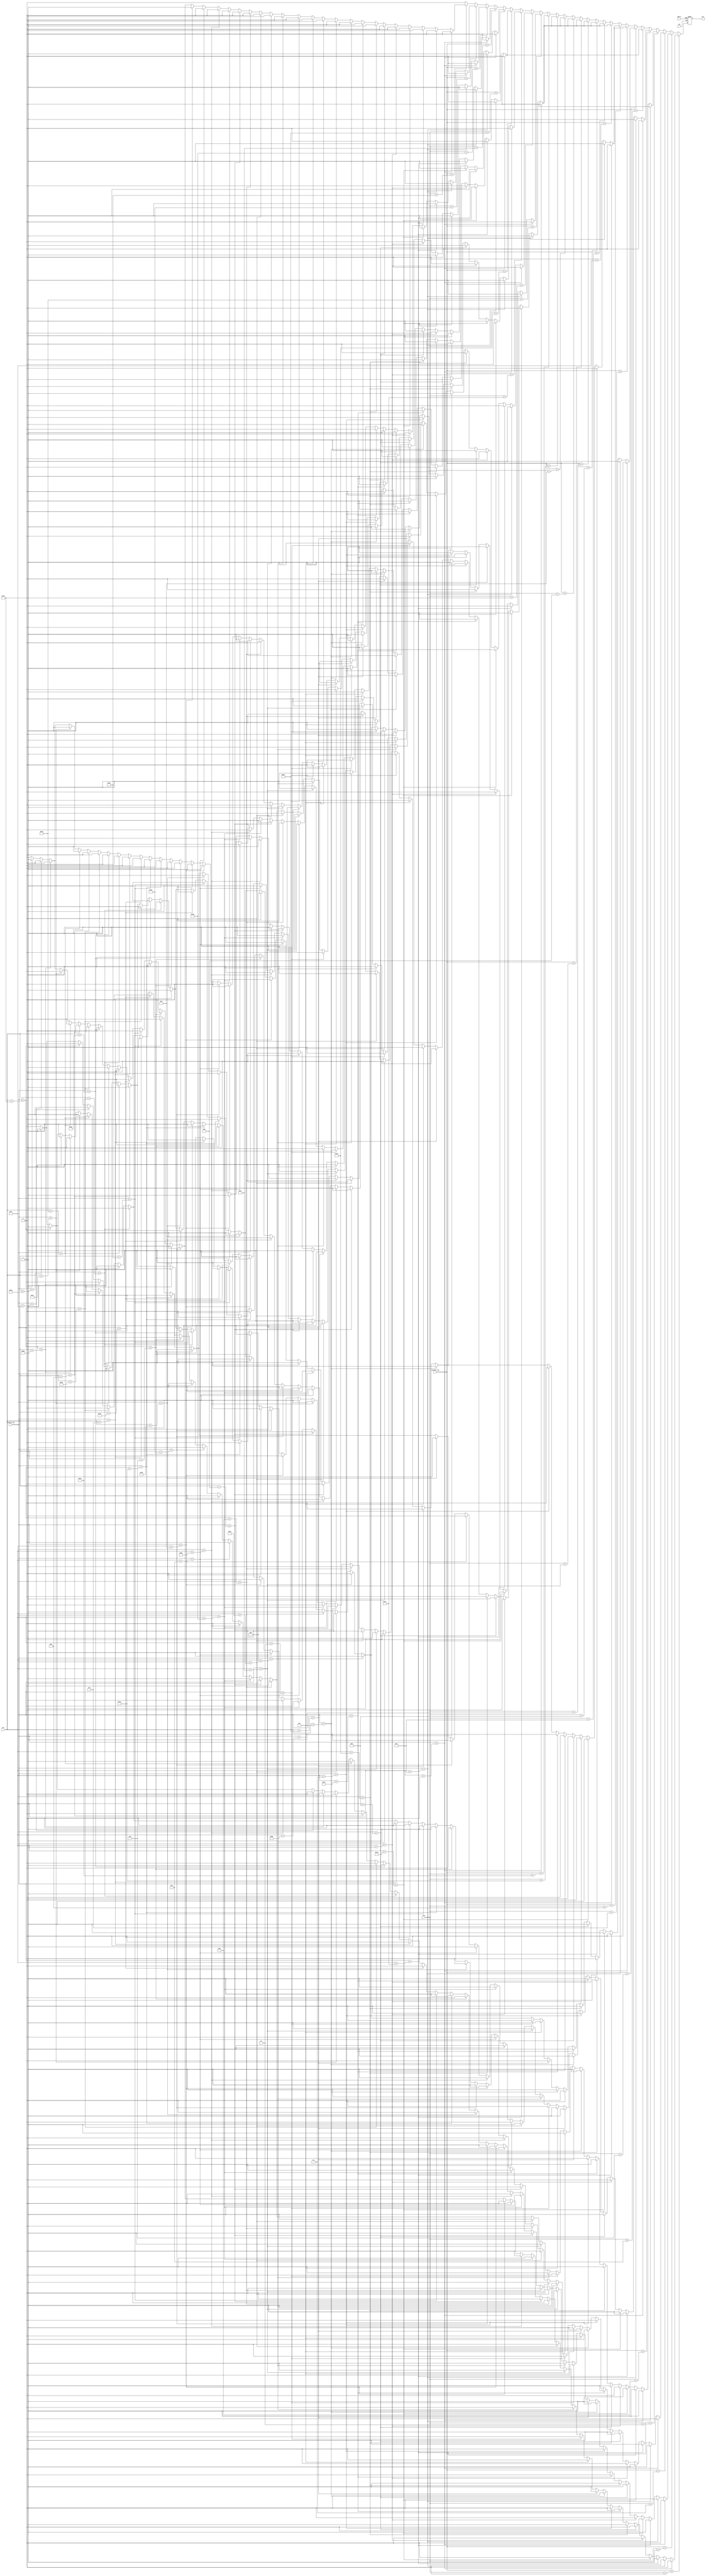
module zero (clk,BTN_S,visible_col,visible_row,col,row,out);

input clk,BTN_S;
input [10:0]visible_col,visible_row,col,row;
output reg out;

wire [39:0] line_01,line_02,line_03,line_04,line_05,line_06,line_07,line_08,line_09,line_10;
wire [39:0] line_11,line_12,line_13,line_14,line_15,line_16,line_17,line_18,line_19,line_20;
wire [39:0] line_21,line_22,line_23,line_24,line_25,line_26,line_27;


assign line_01 = 40'b0000000000000000111111111000000000000000;
assign line_02 = 40'b0000000000011111111111111111110000000000;
assign line_03 = 40'b0000000011111111111111111111111110000000;
assign line_04 = 40'b0000000111111111111111111111111111000000;
assign line_05 = 40'b0000011111111111111111111111111111110000;
assign line_06 = 40'b0000111111111111100000011111111111110000;
assign line_07 = 40'b0000111111111110000000000111111111111000;
assign line_08 = 40'b0001111111111100000000000011111111111100;
assign line_09 = 40'b0001111111111100000000000011111111111100;
assign line_10 = 40'b0011111111111000000000000001111111111100;
assign line_11 = 40'b0011111111111000000000000001111111111100;
assign line_12 = 40'b0011111111111000000000000001111111111100;
assign line_13 = 40'b0011111111111000000000000001111111111100;
assign line_14 = 40'b0011111111111000000000000001111111111100;
assign line_15 = 40'b0011111111111000000000000001111111111100;
assign line_16 = 40'b0011111111111000000000000001111111111100;
assign line_17 = 40'b0011111111111000000000000001111111111100;
assign line_18 = 40'b0011111111111000000000000001111111111100;
assign line_19 = 40'b0011111111111100000000000011111111111100;
assign line_20 = 40'b0001111111111100000000000011111111111000;
assign line_21 = 40'b0001111111111110000000000111111111111000;
assign line_22 = 40'b0000111111111111100000011111111111110000;
assign line_23 = 40'b0000011111111111111111111111111111100000;
assign line_24 = 40'b0000001111111111111111111111111111000000;
assign line_25 = 40'b0000000111111111111111111111111100000000;
assign line_26 = 40'b0000000000111111111111111111100000000000;
assign line_27 = 40'b0000000000000001111111110000000000000000;

//50,100

always @(posedge clk or posedge BTN_S) begin
	if (BTN_S)
		out <= 0;
	else begin
		case (visible_row)
			row+0:
				case(visible_col)
					col+0: out <= line_01[39];	  col+10: out <= line_01[29];	col+20: out <= line_01[19];  col+30: out <= line_01[9];
					col+1: out <= line_01[38];	  col+11: out <= line_01[28];	col+21: out <= line_01[18];  col+31: out <= line_01[8];
					col+2: out <= line_01[37];	  col+12: out <= line_01[27];	col+22: out <= line_01[17];  col+32: out <= line_01[7];
					col+3: out <= line_01[36];	  col+13: out <= line_01[26];	col+23: out <= line_01[16];  col+33: out <= line_01[6];
					col+4: out <= line_01[35];	  col+14: out <= line_01[25];	col+24: out <= line_01[15];  col+34: out <= line_01[5];
					col+5: out <= line_01[34];	  col+15: out <= line_01[24];	col+25: out <= line_01[14];  col+35: out <= line_01[4];
					col+6: out <= line_01[33];	  col+16: out <= line_01[23];	col+26: out <= line_01[13];  col+36: out <= line_01[3];
					col+7: out <= line_01[32];	  col+17: out <= line_01[22];	col+27: out <= line_01[12];  col+37: out <= line_01[2];
					col+8: out <= line_01[31];	  col+18: out <= line_01[21];	col+28: out <= line_01[11];  col+38: out <= line_01[1];
					col+9: out <= line_01[30];	  col+19: out <= line_01[20];	col+29: out <= line_01[10];  col+39: out <= line_01[0];
					default: out <= 0;
				endcase
			row+1:
				case(visible_col)
					col+0: out <= line_02[39];	  col+10: out <= line_02[29];	col+20: out <= line_02[19];  col+30: out <= line_02[9];
					col+1: out <= line_02[38];	  col+11: out <= line_02[28];	col+21: out <= line_02[18];  col+31: out <= line_02[8];
					col+2: out <= line_02[37];	  col+12: out <= line_02[27];	col+22: out <= line_02[17];  col+32: out <= line_02[7];
					col+3: out <= line_02[36];	  col+13: out <= line_02[26];	col+23: out <= line_02[16];  col+33: out <= line_02[6];
					col+4: out <= line_02[35];	  col+14: out <= line_02[25];	col+24: out <= line_02[15];  col+34: out <= line_02[5];
					col+5: out <= line_02[34];	  col+15: out <= line_02[24];	col+25: out <= line_02[14];  col+35: out <= line_02[4];
					col+6: out <= line_02[33];	  col+16: out <= line_02[23];	col+26: out <= line_02[13];  col+36: out <= line_02[3];
					col+7: out <= line_02[32];	  col+17: out <= line_02[22];	col+27: out <= line_02[12];  col+37: out <= line_02[2];
					col+8: out <= line_02[31];	  col+18: out <= line_02[21];	col+28: out <= line_02[11];  col+38: out <= line_02[1];
					col+9: out <= line_02[30];	  col+19: out <= line_02[20];	col+29: out <= line_02[10];  col+39: out <= line_02[0];
					default: out <= 0;
				endcase

			row+2:
				case(visible_col)
					col+0: out <= line_03[39];	  col+10: out <= line_03[29];	col+20: out <= line_03[19];  col+30: out <= line_03[9];
					col+1: out <= line_03[38];	  col+11: out <= line_03[28];	col+21: out <= line_03[18];  col+31: out <= line_03[8];
					col+2: out <= line_03[37];	  col+12: out <= line_03[27];	col+22: out <= line_03[17];  col+32: out <= line_03[7];
					col+3: out <= line_03[36];	  col+13: out <= line_03[26];	col+23: out <= line_03[16];  col+33: out <= line_03[6];
					col+4: out <= line_03[35];	  col+14: out <= line_03[25];	col+24: out <= line_03[15];  col+34: out <= line_03[5];
					col+5: out <= line_03[34];	  col+15: out <= line_03[24];	col+25: out <= line_03[14];  col+35: out <= line_03[4];
					col+6: out <= line_03[33];	  col+16: out <= line_03[23];	col+26: out <= line_03[13];  col+36: out <= line_03[3];
					col+7: out <= line_03[32];	  col+17: out <= line_03[22];	col+27: out <= line_03[12];  col+37: out <= line_03[2];
					col+8: out <= line_03[31];	  col+18: out <= line_03[21];	col+28: out <= line_03[11];  col+38: out <= line_03[1];
					col+9: out <= line_03[30];	  col+19: out <= line_03[20];	col+29: out <= line_03[10];  col+39: out <= line_03[0];
					default: out <= 0;
				endcase
			row+3:
				case(visible_col)
					col+0: out <= line_04[39];	  col+10: out <= line_04[29];	col+20: out <= line_04[19];  col+30: out <= line_04[9];
					col+1: out <= line_04[38];	  col+11: out <= line_04[28];	col+21: out <= line_04[18];  col+31: out <= line_04[8];
					col+2: out <= line_04[37];	  col+12: out <= line_04[27];	col+22: out <= line_04[17];  col+32: out <= line_04[7];
					col+3: out <= line_04[36];	  col+13: out <= line_04[26];	col+23: out <= line_04[16];  col+33: out <= line_04[6];
					col+4: out <= line_04[35];	  col+14: out <= line_04[25];	col+24: out <= line_04[15];  col+34: out <= line_04[5];
					col+5: out <= line_04[34];	  col+15: out <= line_04[24];	col+25: out <= line_04[14];  col+35: out <= line_04[4];
					col+6: out <= line_04[33];	  col+16: out <= line_04[23];	col+26: out <= line_04[13];  col+36: out <= line_04[3];
					col+7: out <= line_04[32];	  col+17: out <= line_04[22];	col+27: out <= line_04[12];  col+37: out <= line_04[2];
					col+8: out <= line_04[31];	  col+18: out <= line_04[21];	col+28: out <= line_04[11];  col+38: out <= line_04[1];
					col+9: out <= line_04[30];	  col+19: out <= line_04[20];	col+29: out <= line_04[10];  col+39: out <= line_04[0];
					default: out <= 0;
				endcase
			row+4:
				case(visible_col)
					col+0: out <= line_05[39];	  col+10: out <= line_05[29];	col+20: out <= line_05[19];  col+30: out <= line_05[9];
					col+1: out <= line_05[38];	  col+11: out <= line_05[28];	col+21: out <= line_05[18];  col+31: out <= line_05[8];
					col+2: out <= line_05[37];	  col+12: out <= line_05[27];	col+22: out <= line_05[17];  col+32: out <= line_05[7];
					col+3: out <= line_05[36];	  col+13: out <= line_05[26];	col+23: out <= line_05[16];  col+33: out <= line_05[6];
					col+4: out <= line_05[35];	  col+14: out <= line_05[25];	col+24: out <= line_05[15];  col+34: out <= line_05[5];
					col+5: out <= line_05[34];	  col+15: out <= line_05[24];	col+25: out <= line_05[14];  col+35: out <= line_05[4];
					col+6: out <= line_05[33];	  col+16: out <= line_05[23];	col+26: out <= line_05[13];  col+36: out <= line_05[3];
					col+7: out <= line_05[32];	  col+17: out <= line_05[22];	col+27: out <= line_05[12];  col+37: out <= line_05[2];
					col+8: out <= line_05[31];	  col+18: out <= line_05[21];	col+28: out <= line_05[11];  col+38: out <= line_05[1];
					col+9: out <= line_05[30];	  col+19: out <= line_05[20];	col+29: out <= line_05[10];  col+39: out <= line_05[0];
					default: out <= 0;
				endcase
			row+5:
				case(visible_col)
					col+0: out <= line_06[39];	  col+10: out <= line_06[29];	col+20: out <= line_06[19];  col+30: out <= line_06[9];
					col+1: out <= line_06[38];	  col+11: out <= line_06[28];	col+21: out <= line_06[18];  col+31: out <= line_06[8];
					col+2: out <= line_06[37];	  col+12: out <= line_06[27];	col+22: out <= line_06[17];  col+32: out <= line_06[7];
					col+3: out <= line_06[36];	  col+13: out <= line_06[26];	col+23: out <= line_06[16];  col+33: out <= line_06[6];
					col+4: out <= line_06[35];	  col+14: out <= line_06[25];	col+24: out <= line_06[15];  col+34: out <= line_06[5];
					col+5: out <= line_06[34];	  col+15: out <= line_06[24];	col+25: out <= line_06[14];  col+35: out <= line_06[4];
					col+6: out <= line_06[33];	  col+16: out <= line_06[23];	col+26: out <= line_06[13];  col+36: out <= line_06[3];
					col+7: out <= line_06[32];	  col+17: out <= line_06[22];	col+27: out <= line_06[12];  col+37: out <= line_06[2];
					col+8: out <= line_06[31];	  col+18: out <= line_06[21];	col+28: out <= line_06[11];  col+38: out <= line_06[1];
					col+9: out <= line_06[30];	  col+19: out <= line_06[20];	col+29: out <= line_06[10];  col+39: out <= line_06[0];
					default: out <= 0;
				endcase
			row+6:
				case(visible_col)
					col+0: out <= line_07[39];	  col+10: out <= line_07[29];	col+20: out <= line_07[19];  col+30: out <= line_07[9];
					col+1: out <= line_07[38];	  col+11: out <= line_07[28];	col+21: out <= line_07[18];  col+31: out <= line_07[8];
					col+2: out <= line_07[37];	  col+12: out <= line_07[27];	col+22: out <= line_07[17];  col+32: out <= line_07[7];
					col+3: out <= line_07[36];	  col+13: out <= line_07[26];	col+23: out <= line_07[16];  col+33: out <= line_07[6];
					col+4: out <= line_07[35];	  col+14: out <= line_07[25];	col+24: out <= line_07[15];  col+34: out <= line_07[5];
					col+5: out <= line_07[34];	  col+15: out <= line_07[24];	col+25: out <= line_07[14];  col+35: out <= line_07[4];
					col+6: out <= line_07[33];	  col+16: out <= line_07[23];	col+26: out <= line_07[13];  col+36: out <= line_07[3];
					col+7: out <= line_07[32];	  col+17: out <= line_07[22];	col+27: out <= line_07[12];  col+37: out <= line_07[2];
					col+8: out <= line_07[31];	  col+18: out <= line_07[21];	col+28: out <= line_07[11];  col+38: out <= line_07[1];
					col+9: out <= line_07[30];	  col+19: out <= line_07[20];	col+29: out <= line_07[10];  col+39: out <= line_07[0];
					default: out <= 0;
				endcase
			row+7:
				case(visible_col)
					col+0: out <= line_08[39];	  col+10: out <= line_08[29];	col+20: out <= line_08[19];  col+30: out <= line_08[9];
					col+1: out <= line_08[38];	  col+11: out <= line_08[28];	col+21: out <= line_08[18];  col+31: out <= line_08[8];
					col+2: out <= line_08[37];	  col+12: out <= line_08[27];	col+22: out <= line_08[17];  col+32: out <= line_08[7];
					col+3: out <= line_08[36];	  col+13: out <= line_08[26];	col+23: out <= line_08[16];  col+33: out <= line_08[6];
					col+4: out <= line_08[35];	  col+14: out <= line_08[25];	col+24: out <= line_08[15];  col+34: out <= line_08[5];
					col+5: out <= line_08[34];	  col+15: out <= line_08[24];	col+25: out <= line_08[14];  col+35: out <= line_08[4];
					col+6: out <= line_08[33];	  col+16: out <= line_08[23];	col+26: out <= line_08[13];  col+36: out <= line_08[3];
					col+7: out <= line_08[32];	  col+17: out <= line_08[22];	col+27: out <= line_08[12];  col+37: out <= line_08[2];
					col+8: out <= line_08[31];	  col+18: out <= line_08[21];	col+28: out <= line_08[11];  col+38: out <= line_08[1];
					col+9: out <= line_08[30];	  col+19: out <= line_08[20];	col+29: out <= line_08[10];  col+39: out <= line_08[0];
					default: out <= 0;
				endcase
			row+8:
				case(visible_col)
					col+0: out <= line_09[39];	  col+10: out <= line_09[29];	col+20: out <= line_09[19];  col+30: out <= line_09[9];
					col+1: out <= line_09[38];	  col+11: out <= line_09[28];	col+21: out <= line_09[18];  col+31: out <= line_09[8];
					col+2: out <= line_09[37];	  col+12: out <= line_09[27];	col+22: out <= line_09[17];  col+32: out <= line_09[7];
					col+3: out <= line_09[36];	  col+13: out <= line_09[26];	col+23: out <= line_09[16];  col+33: out <= line_09[6];
					col+4: out <= line_09[35];	  col+14: out <= line_09[25];	col+24: out <= line_09[15];  col+34: out <= line_09[5];
					col+5: out <= line_09[34];	  col+15: out <= line_09[24];	col+25: out <= line_09[14];  col+35: out <= line_09[4];
					col+6: out <= line_09[33];	  col+16: out <= line_09[23];	col+26: out <= line_09[13];  col+36: out <= line_09[3];
					col+7: out <= line_09[32];	  col+17: out <= line_09[22];	col+27: out <= line_09[12];  col+37: out <= line_09[2];
					col+8: out <= line_09[31];	  col+18: out <= line_09[21];	col+28: out <= line_09[11];  col+38: out <= line_09[1];
					col+9: out <= line_09[30];	  col+19: out <= line_09[20];	col+29: out <= line_09[10];  col+39: out <= line_09[0];
					default: out <= 0;
				endcase
			row+9:
				case(visible_col)
					col+0: out <= line_10[39];	  col+10: out <= line_10[29];	col+20: out <= line_10[19];  col+30: out <= line_10[9];
					col+1: out <= line_10[38];	  col+11: out <= line_10[28];	col+21: out <= line_10[18];  col+31: out <= line_10[8];
					col+2: out <= line_10[37];	  col+12: out <= line_10[27];	col+22: out <= line_10[17];  col+32: out <= line_10[7];
					col+3: out <= line_10[36];	  col+13: out <= line_10[26];	col+23: out <= line_10[16];  col+33: out <= line_10[6];
					col+4: out <= line_10[35];	  col+14: out <= line_10[25];	col+24: out <= line_10[15];  col+34: out <= line_10[5];
					col+5: out <= line_10[34];	  col+15: out <= line_10[24];	col+25: out <= line_10[14];  col+35: out <= line_10[4];
					col+6: out <= line_10[33];	  col+16: out <= line_10[23];	col+26: out <= line_10[13];  col+36: out <= line_10[3];
					col+7: out <= line_10[32];	  col+17: out <= line_10[22];	col+27: out <= line_10[12];  col+37: out <= line_10[2];
					col+8: out <= line_10[31];	  col+18: out <= line_10[21];	col+28: out <= line_10[11];  col+38: out <= line_10[1];
					col+9: out <= line_10[30];	  col+19: out <= line_10[20];	col+29: out <= line_10[10];  col+39: out <= line_10[0];
					default: out <= 0;
				endcase
			row+10:
				case(visible_col)
					col+0: out <= line_11[39];	  col+10: out <= line_11[29];	col+20: out <= line_11[19];  col+30: out <= line_11[9];
					col+1: out <= line_11[38];	  col+11: out <= line_11[28];	col+21: out <= line_11[18];  col+31: out <= line_11[8];
					col+2: out <= line_11[37];	  col+12: out <= line_11[27];	col+22: out <= line_11[17];  col+32: out <= line_11[7];
					col+3: out <= line_11[36];	  col+13: out <= line_11[26];	col+23: out <= line_11[16];  col+33: out <= line_11[6];
					col+4: out <= line_11[35];	  col+14: out <= line_11[25];	col+24: out <= line_11[15];  col+34: out <= line_11[5];
					col+5: out <= line_11[34];	  col+15: out <= line_11[24];	col+25: out <= line_11[14];  col+35: out <= line_11[4];
					col+6: out <= line_11[33];	  col+16: out <= line_11[23];	col+26: out <= line_11[13];  col+36: out <= line_11[3];
					col+7: out <= line_11[32];	  col+17: out <= line_11[22];	col+27: out <= line_11[12];  col+37: out <= line_11[2];
					col+8: out <= line_11[31];	  col+18: out <= line_11[21];	col+28: out <= line_11[11];  col+38: out <= line_11[1];
					col+9: out <= line_11[30];	  col+19: out <= line_11[20];	col+29: out <= line_11[10];  col+39: out <= line_11[0];
					default: out <= 0;
				endcase
			row+11:
				case(visible_col)
					col+0: out <= line_12[39];	  col+10: out <= line_12[29];	col+20: out <= line_12[19];  col+30: out <= line_12[9];
					col+1: out <= line_12[38];	  col+11: out <= line_12[28];	col+21: out <= line_12[18];  col+31: out <= line_12[8];
					col+2: out <= line_12[37];	  col+12: out <= line_12[27];	col+22: out <= line_12[17];  col+32: out <= line_12[7];
					col+3: out <= line_12[36];	  col+13: out <= line_12[26];	col+23: out <= line_12[16];  col+33: out <= line_12[6];
					col+4: out <= line_12[35];	  col+14: out <= line_12[25];	col+24: out <= line_12[15];  col+34: out <= line_12[5];
					col+5: out <= line_12[34];	  col+15: out <= line_12[24];	col+25: out <= line_12[14];  col+35: out <= line_12[4];
					col+6: out <= line_12[33];	  col+16: out <= line_12[23];	col+26: out <= line_12[13];  col+36: out <= line_12[3];
					col+7: out <= line_12[32];	  col+17: out <= line_12[22];	col+27: out <= line_12[12];  col+37: out <= line_12[2];
					col+8: out <= line_12[31];	  col+18: out <= line_12[21];	col+28: out <= line_12[11];  col+38: out <= line_12[1];
					col+9: out <= line_12[30];	  col+19: out <= line_12[20];	col+29: out <= line_12[10];  col+39: out <= line_12[0];
					default: out <= 0;
				endcase
			row+12:
				case(visible_col)
					col+0: out <= line_13[39];	  col+10: out <= line_13[29];	col+20: out <= line_13[19];  col+30: out <= line_13[9];
					col+1: out <= line_13[38];	  col+11: out <= line_13[28];	col+21: out <= line_13[18];  col+31: out <= line_13[8];
					col+2: out <= line_13[37];	  col+12: out <= line_13[27];	col+22: out <= line_13[17];  col+32: out <= line_13[7];
					col+3: out <= line_13[36];	  col+13: out <= line_13[26];	col+23: out <= line_13[16];  col+33: out <= line_13[6];
					col+4: out <= line_13[35];	  col+14: out <= line_13[25];	col+24: out <= line_13[15];  col+34: out <= line_13[5];
					col+5: out <= line_13[34];	  col+15: out <= line_13[24];	col+25: out <= line_13[14];  col+35: out <= line_13[4];
					col+6: out <= line_13[33];	  col+16: out <= line_13[23];	col+26: out <= line_13[13];  col+36: out <= line_13[3];
					col+7: out <= line_13[32];	  col+17: out <= line_13[22];	col+27: out <= line_13[12];  col+37: out <= line_13[2];
					col+8: out <= line_13[31];	  col+18: out <= line_13[21];	col+28: out <= line_13[11];  col+38: out <= line_13[1];
					col+9: out <= line_13[30];	  col+19: out <= line_13[20];	col+29: out <= line_13[10];  col+39: out <= line_13[0];
					default: out <= 0;
				endcase
			row+13:
				case(visible_col)
					col+0: out <= line_14[39];	  col+10: out <= line_14[29];	col+20: out <= line_14[19];  col+30: out <= line_14[9];
					col+1: out <= line_14[38];	  col+11: out <= line_14[28];	col+21: out <= line_14[18];  col+31: out <= line_14[8];
					col+2: out <= line_14[37];	  col+12: out <= line_14[27];	col+22: out <= line_14[17];  col+32: out <= line_14[7];
					col+3: out <= line_14[36];	  col+13: out <= line_14[26];	col+23: out <= line_14[16];  col+33: out <= line_14[6];
					col+4: out <= line_14[35];	  col+14: out <= line_14[25];	col+24: out <= line_14[15];  col+34: out <= line_14[5];
					col+5: out <= line_14[34];	  col+15: out <= line_14[24];	col+25: out <= line_14[14];  col+35: out <= line_14[4];
					col+6: out <= line_14[33];	  col+16: out <= line_14[23];	col+26: out <= line_14[13];  col+36: out <= line_14[3];
					col+7: out <= line_14[32];	  col+17: out <= line_14[22];	col+27: out <= line_14[12];  col+37: out <= line_14[2];
					col+8: out <= line_14[31];	  col+18: out <= line_14[21];	col+28: out <= line_14[11];  col+38: out <= line_14[1];
					col+9: out <= line_14[30];	  col+19: out <= line_14[20];	col+29: out <= line_14[10];  col+39: out <= line_14[0];
					default: out <= 0;
				endcase
			row+14:
				case(visible_col)
					col+0: out <= line_15[39];	  col+10: out <= line_15[29];	col+20: out <= line_15[19];  col+30: out <= line_15[9];
					col+1: out <= line_15[38];	  col+11: out <= line_15[28];	col+21: out <= line_15[18];  col+31: out <= line_15[8];
					col+2: out <= line_15[37];	  col+12: out <= line_15[27];	col+22: out <= line_15[17];  col+32: out <= line_15[7];
					col+3: out <= line_15[36];	  col+13: out <= line_15[26];	col+23: out <= line_15[16];  col+33: out <= line_15[6];
					col+4: out <= line_15[35];	  col+14: out <= line_15[25];	col+24: out <= line_15[15];  col+34: out <= line_15[5];
					col+5: out <= line_15[34];	  col+15: out <= line_15[24];	col+25: out <= line_15[14];  col+35: out <= line_15[4];
					col+6: out <= line_15[33];	  col+16: out <= line_15[23];	col+26: out <= line_15[13];  col+36: out <= line_15[3];
					col+7: out <= line_15[32];	  col+17: out <= line_15[22];	col+27: out <= line_15[12];  col+37: out <= line_15[2];
					col+8: out <= line_15[31];	  col+18: out <= line_15[21];	col+28: out <= line_15[11];  col+38: out <= line_15[1];
					col+9: out <= line_15[30];	  col+19: out <= line_15[20];	col+29: out <= line_15[10];  col+39: out <= line_15[0];
					default: out <= 0;
				endcase
			row+15:
				case(visible_col)
					col+0: out <= line_16[39];	  col+10: out <= line_16[29];	col+20: out <= line_16[19];  col+30: out <= line_16[9];
					col+1: out <= line_16[38];	  col+11: out <= line_16[28];	col+21: out <= line_16[18];  col+31: out <= line_16[8];
					col+2: out <= line_16[37];	  col+12: out <= line_16[27];	col+22: out <= line_16[17];  col+32: out <= line_16[7];
					col+3: out <= line_16[36];	  col+13: out <= line_16[26];	col+23: out <= line_16[16];  col+33: out <= line_16[6];
					col+4: out <= line_16[35];	  col+14: out <= line_16[25];	col+24: out <= line_16[15];  col+34: out <= line_16[5];
					col+5: out <= line_16[34];	  col+15: out <= line_16[24];	col+25: out <= line_16[14];  col+35: out <= line_16[4];
					col+6: out <= line_16[33];	  col+16: out <= line_16[23];	col+26: out <= line_16[13];  col+36: out <= line_16[3];
					col+7: out <= line_16[32];	  col+17: out <= line_16[22];	col+27: out <= line_16[12];  col+37: out <= line_16[2];
					col+8: out <= line_16[31];	  col+18: out <= line_16[21];	col+28: out <= line_16[11];  col+38: out <= line_16[1];
					col+9: out <= line_16[30];	  col+19: out <= line_16[20];	col+29: out <= line_16[10];  col+39: out <= line_16[0];
					default: out <= 0;
				endcase
			row+16:
				case(visible_col)
					col+0: out <= line_17[39];	  col+10: out <= line_17[29];	col+20: out <= line_17[19];  col+30: out <= line_17[9];
					col+1: out <= line_17[38];	  col+11: out <= line_17[28];	col+21: out <= line_17[18];  col+31: out <= line_17[8];
					col+2: out <= line_17[37];	  col+12: out <= line_17[27];	col+22: out <= line_17[17];  col+32: out <= line_17[7];
					col+3: out <= line_17[36];	  col+13: out <= line_17[26];	col+23: out <= line_17[16];  col+33: out <= line_17[6];
					col+4: out <= line_17[35];	  col+14: out <= line_17[25];	col+24: out <= line_17[15];  col+34: out <= line_17[5];
					col+5: out <= line_17[34];	  col+15: out <= line_17[24];	col+25: out <= line_17[14];  col+35: out <= line_17[4];
					col+6: out <= line_17[33];	  col+16: out <= line_17[23];	col+26: out <= line_17[13];  col+36: out <= line_17[3];
					col+7: out <= line_17[32];	  col+17: out <= line_17[22];	col+27: out <= line_17[12];  col+37: out <= line_17[2];
					col+8: out <= line_17[31];	  col+18: out <= line_17[21];	col+28: out <= line_17[11];  col+38: out <= line_17[1];
					col+9: out <= line_17[30];	  col+19: out <= line_17[20];	col+29: out <= line_17[10];  col+39: out <= line_17[0];
					default: out <= 0;
				endcase
			row+17:
				case(visible_col)
					col+0: out <= line_18[39];	  col+10: out <= line_18[29];	col+20: out <= line_18[19];  col+30: out <= line_18[9];
					col+1: out <= line_18[38];	  col+11: out <= line_18[28];	col+21: out <= line_18[18];  col+31: out <= line_18[8];
					col+2: out <= line_18[37];	  col+12: out <= line_18[27];	col+22: out <= line_18[17];  col+32: out <= line_18[7];
					col+3: out <= line_18[36];	  col+13: out <= line_18[26];	col+23: out <= line_18[16];  col+33: out <= line_18[6];
					col+4: out <= line_18[35];	  col+14: out <= line_18[25];	col+24: out <= line_18[15];  col+34: out <= line_18[5];
					col+5: out <= line_18[34];	  col+15: out <= line_18[24];	col+25: out <= line_18[14];  col+35: out <= line_18[4];
					col+6: out <= line_18[33];	  col+16: out <= line_18[23];	col+26: out <= line_18[13];  col+36: out <= line_18[3];
					col+7: out <= line_18[32];	  col+17: out <= line_18[22];	col+27: out <= line_18[12];  col+37: out <= line_18[2];
					col+8: out <= line_18[31];	  col+18: out <= line_18[21];	col+28: out <= line_18[11];  col+38: out <= line_18[1];
					col+9: out <= line_18[30];	  col+19: out <= line_18[20];	col+29: out <= line_18[10];  col+39: out <= line_18[0];
					default: out <= 0;
				endcase
			row+18:
				case(visible_col)
					col+0: out <= line_19[39];	  col+10: out <= line_19[29];	col+20: out <= line_19[19];  col+30: out <= line_19[9];
					col+1: out <= line_19[38];	  col+11: out <= line_19[28];	col+21: out <= line_19[18];  col+31: out <= line_19[8];
					col+2: out <= line_19[37];	  col+12: out <= line_19[27];	col+22: out <= line_19[17];  col+32: out <= line_19[7];
					col+3: out <= line_19[36];	  col+13: out <= line_19[26];	col+23: out <= line_19[16];  col+33: out <= line_19[6];
					col+4: out <= line_19[35];	  col+14: out <= line_19[25];	col+24: out <= line_19[15];  col+34: out <= line_19[5];
					col+5: out <= line_19[34];	  col+15: out <= line_19[24];	col+25: out <= line_19[14];  col+35: out <= line_19[4];
					col+6: out <= line_19[33];	  col+16: out <= line_19[23];	col+26: out <= line_19[13];  col+36: out <= line_19[3];
					col+7: out <= line_19[32];	  col+17: out <= line_19[22];	col+27: out <= line_19[12];  col+37: out <= line_19[2];
					col+8: out <= line_19[31];	  col+18: out <= line_19[21];	col+28: out <= line_19[11];  col+38: out <= line_19[1];
					col+9: out <= line_19[30];	  col+19: out <= line_19[20];	col+29: out <= line_19[10];  col+39: out <= line_19[0];
					default: out <= 0;
				endcase
			row+19:
				case(visible_col)
					col+0: out <= line_20[39];	  col+10: out <= line_20[29];	col+20: out <= line_20[19];  col+30: out <= line_20[9];
					col+1: out <= line_20[38];	  col+11: out <= line_20[28];	col+21: out <= line_20[18];  col+31: out <= line_20[8];
					col+2: out <= line_20[37];	  col+12: out <= line_20[27];	col+22: out <= line_20[17];  col+32: out <= line_20[7];
					col+3: out <= line_20[36];	  col+13: out <= line_20[26];	col+23: out <= line_20[16];  col+33: out <= line_20[6];
					col+4: out <= line_20[35];	  col+14: out <= line_20[25];	col+24: out <= line_20[15];  col+34: out <= line_20[5];
					col+5: out <= line_20[34];	  col+15: out <= line_20[24];	col+25: out <= line_20[14];  col+35: out <= line_20[4];
					col+6: out <= line_20[33];	  col+16: out <= line_20[23];	col+26: out <= line_20[13];  col+36: out <= line_20[3];
					col+7: out <= line_20[32];	  col+17: out <= line_20[22];	col+27: out <= line_20[12];  col+37: out <= line_20[2];
					col+8: out <= line_20[31];	  col+18: out <= line_20[21];	col+28: out <= line_20[11];  col+38: out <= line_20[1];
					col+9: out <= line_20[30];	  col+19: out <= line_20[20];	col+29: out <= line_20[10];  col+39: out <= line_20[0];
					default: out <= 0;
				endcase
			row+20:
				case(visible_col)
					col+0: out <= line_21[39];	  col+10: out <= line_21[29];	col+20: out <= line_21[19];  col+30: out <= line_21[9];
					col+1: out <= line_21[38];	  col+11: out <= line_21[28];	col+21: out <= line_21[18];  col+31: out <= line_21[8];
					col+2: out <= line_21[37];	  col+12: out <= line_21[27];	col+22: out <= line_21[17];  col+32: out <= line_21[7];
					col+3: out <= line_21[36];	  col+13: out <= line_21[26];	col+23: out <= line_21[16];  col+33: out <= line_21[6];
					col+4: out <= line_21[35];	  col+14: out <= line_21[25];	col+24: out <= line_21[15];  col+34: out <= line_21[5];
					col+5: out <= line_21[34];	  col+15: out <= line_21[24];	col+25: out <= line_21[14];  col+35: out <= line_21[4];
					col+6: out <= line_21[33];	  col+16: out <= line_21[23];	col+26: out <= line_21[13];  col+36: out <= line_21[3];
					col+7: out <= line_21[32];	  col+17: out <= line_21[22];	col+27: out <= line_21[12];  col+37: out <= line_21[2];
					col+8: out <= line_21[31];	  col+18: out <= line_21[21];	col+28: out <= line_21[11];  col+38: out <= line_21[1];
					col+9: out <= line_21[30];	  col+19: out <= line_21[20];	col+29: out <= line_21[10];  col+39: out <= line_21[0];
					default: out <= 0;
				endcase
			row+21:
				case(visible_col)
					col+0: out <= line_22[39];	  col+10: out <= line_22[29];	col+20: out <= line_22[19];  col+30: out <= line_22[9];
					col+1: out <= line_22[38];	  col+11: out <= line_22[28];	col+21: out <= line_22[18];  col+31: out <= line_22[8];
					col+2: out <= line_22[37];	  col+12: out <= line_22[27];	col+22: out <= line_22[17];  col+32: out <= line_22[7];
					col+3: out <= line_22[36];	  col+13: out <= line_22[26];	col+23: out <= line_22[16];  col+33: out <= line_22[6];
					col+4: out <= line_22[35];	  col+14: out <= line_22[25];	col+24: out <= line_22[15];  col+34: out <= line_22[5];
					col+5: out <= line_22[34];	  col+15: out <= line_22[24];	col+25: out <= line_22[14];  col+35: out <= line_22[4];
					col+6: out <= line_22[33];	  col+16: out <= line_22[23];	col+26: out <= line_22[13];  col+36: out <= line_22[3];
					col+7: out <= line_22[32];	  col+17: out <= line_22[22];	col+27: out <= line_22[12];  col+37: out <= line_22[2];
					col+8: out <= line_22[31];	  col+18: out <= line_22[21];	col+28: out <= line_22[11];  col+38: out <= line_22[1];
					col+9: out <= line_22[30];	  col+19: out <= line_22[20];	col+29: out <= line_22[10];  col+39: out <= line_22[0];
					default: out <= 0;
				endcase
			row+22:
				case(visible_col)
					col+0: out <= line_23[39];	  col+10: out <= line_23[29];	col+20: out <= line_23[19];  col+30: out <= line_23[9];
					col+1: out <= line_23[38];	  col+11: out <= line_23[28];	col+21: out <= line_23[18];  col+31: out <= line_23[8];
					col+2: out <= line_23[37];	  col+12: out <= line_23[27];	col+22: out <= line_23[17];  col+32: out <= line_23[7];
					col+3: out <= line_23[36];	  col+13: out <= line_23[26];	col+23: out <= line_23[16];  col+33: out <= line_23[6];
					col+4: out <= line_23[35];	  col+14: out <= line_23[25];	col+24: out <= line_23[15];  col+34: out <= line_23[5];
					col+5: out <= line_23[34];	  col+15: out <= line_23[24];	col+25: out <= line_23[14];  col+35: out <= line_23[4];
					col+6: out <= line_23[33];	  col+16: out <= line_23[23];	col+26: out <= line_23[13];  col+36: out <= line_23[3];
					col+7: out <= line_23[32];	  col+17: out <= line_23[22];	col+27: out <= line_23[12];  col+37: out <= line_23[2];
					col+8: out <= line_23[31];	  col+18: out <= line_23[21];	col+28: out <= line_23[11];  col+38: out <= line_23[1];
					col+9: out <= line_23[30];	  col+19: out <= line_23[20];	col+29: out <= line_23[10];  col+39: out <= line_23[0];
					default: out <= 0;
				endcase
			row+23:
				case(visible_col)
					col+0: out <= line_24[39];	  col+10: out <= line_24[29];	col+20: out <= line_24[19];  col+30: out <= line_24[9];
					col+1: out <= line_24[38];	  col+11: out <= line_24[28];	col+21: out <= line_24[18];  col+31: out <= line_24[8];
					col+2: out <= line_24[37];	  col+12: out <= line_24[27];	col+22: out <= line_24[17];  col+32: out <= line_24[7];
					col+3: out <= line_24[36];	  col+13: out <= line_24[26];	col+23: out <= line_24[16];  col+33: out <= line_24[6];
					col+4: out <= line_24[35];	  col+14: out <= line_24[25];	col+24: out <= line_24[15];  col+34: out <= line_24[5];
					col+5: out <= line_24[34];	  col+15: out <= line_24[24];	col+25: out <= line_24[14];  col+35: out <= line_24[4];
					col+6: out <= line_24[33];	  col+16: out <= line_24[23];	col+26: out <= line_24[13];  col+36: out <= line_24[3];
					col+7: out <= line_24[32];	  col+17: out <= line_24[22];	col+27: out <= line_24[12];  col+37: out <= line_24[2];
					col+8: out <= line_24[31];	  col+18: out <= line_24[21];	col+28: out <= line_24[11];  col+38: out <= line_24[1];
					col+9: out <= line_24[30];	  col+19: out <= line_24[20];	col+29: out <= line_24[10];  col+39: out <= line_24[0];
					default: out <= 0;
				endcase
			row+24:
				case(visible_col)
					col+0: out <= line_25[39];	  col+10: out <= line_25[29];	col+20: out <= line_25[19];  col+30: out <= line_25[9];
					col+1: out <= line_25[38];	  col+11: out <= line_25[28];	col+21: out <= line_25[18];  col+31: out <= line_25[8];
					col+2: out <= line_25[37];	  col+12: out <= line_25[27];	col+22: out <= line_25[17];  col+32: out <= line_25[7];
					col+3: out <= line_25[36];	  col+13: out <= line_25[26];	col+23: out <= line_25[16];  col+33: out <= line_25[6];
					col+4: out <= line_25[35];	  col+14: out <= line_25[25];	col+24: out <= line_25[15];  col+34: out <= line_25[5];
					col+5: out <= line_25[34];	  col+15: out <= line_25[24];	col+25: out <= line_25[14];  col+35: out <= line_25[4];
					col+6: out <= line_25[33];	  col+16: out <= line_25[23];	col+26: out <= line_25[13];  col+36: out <= line_25[3];
					col+7: out <= line_25[32];	  col+17: out <= line_25[22];	col+27: out <= line_25[12];  col+37: out <= line_25[2];
					col+8: out <= line_25[31];	  col+18: out <= line_25[21];	col+28: out <= line_25[11];  col+38: out <= line_25[1];
					col+9: out <= line_25[30];	  col+19: out <= line_25[20];	col+29: out <= line_25[10];  col+39: out <= line_25[0];
					default: out <= 0;
				endcase
			row+25:
				case(visible_col)
					col+0: out <= line_26[39];	  col+10: out <= line_26[29];	col+20: out <= line_26[19];  col+30: out <= line_26[9];
					col+1: out <= line_26[38];	  col+11: out <= line_26[28];	col+21: out <= line_26[18];  col+31: out <= line_26[8];
					col+2: out <= line_26[37];	  col+12: out <= line_26[27];	col+22: out <= line_26[17];  col+32: out <= line_26[7];
					col+3: out <= line_26[36];	  col+13: out <= line_26[26];	col+23: out <= line_26[16];  col+33: out <= line_26[6];
					col+4: out <= line_26[35];	  col+14: out <= line_26[25];	col+24: out <= line_26[15];  col+34: out <= line_26[5];
					col+5: out <= line_26[34];	  col+15: out <= line_26[24];	col+25: out <= line_26[14];  col+35: out <= line_26[4];
					col+6: out <= line_26[33];	  col+16: out <= line_26[23];	col+26: out <= line_26[13];  col+36: out <= line_26[3];
					col+7: out <= line_26[32];	  col+17: out <= line_26[22];	col+27: out <= line_26[12];  col+37: out <= line_26[2];
					col+8: out <= line_26[31];	  col+18: out <= line_26[21];	col+28: out <= line_26[11];  col+38: out <= line_26[1];
					col+9: out <= line_26[30];	  col+19: out <= line_26[20];	col+29: out <= line_26[10];  col+39: out <= line_26[0];
					default: out <= 0;
				endcase
			row+26:
				case(visible_col)
					col+0: out <= line_27[39];	  col+10: out <= line_27[29];	col+20: out <= line_27[19];  col+30: out <= line_27[9];
					col+1: out <= line_27[38];	  col+11: out <= line_27[28];	col+21: out <= line_27[18];  col+31: out <= line_27[8];
					col+2: out <= line_27[37];	  col+12: out <= line_27[27];	col+22: out <= line_27[17];  col+32: out <= line_27[7];
					col+3: out <= line_27[36];	  col+13: out <= line_27[26];	col+23: out <= line_27[16];  col+33: out <= line_27[6];
					col+4: out <= line_27[35];	  col+14: out <= line_27[25];	col+24: out <= line_27[15];  col+34: out <= line_27[5];
					col+5: out <= line_27[34];	  col+15: out <= line_27[24];	col+25: out <= line_27[14];  col+35: out <= line_27[4];
					col+6: out <= line_27[33];	  col+16: out <= line_27[23];	col+26: out <= line_27[13];  col+36: out <= line_27[3];
					col+7: out <= line_27[32];	  col+17: out <= line_27[22];	col+27: out <= line_27[12];  col+37: out <= line_27[2];
					col+8: out <= line_27[31];	  col+18: out <= line_27[21];	col+28: out <= line_27[11];  col+38: out <= line_27[1];
					col+9: out <= line_27[30];	  col+19: out <= line_27[20];	col+29: out <= line_27[10];  col+39: out <= line_27[0];
					default: out <= 0;
				endcase
			default:out <= 0;
		endcase
	end
end
endmodule